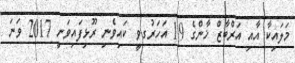
މަލައިކާ އާއި އަރްބާޒް ޚާންގެ 19 އަހަރުގވީ ކައިވެނި ރޫޅިފައިވަނީ 2017 ވަނަ